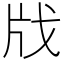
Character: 𢦤